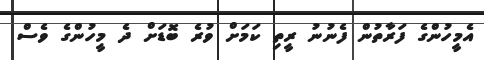
އެމީހުންގެ ފަރާތުން ފެނުނު ރީތި ކަމަށް ވުރެ ބޮޑަށް ދެ މީހުންގެ ވެސް